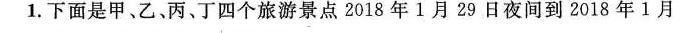
1.下面是甲、乙、丙、丁四个旅游景点2018年1月29日夜间到2018年1月